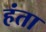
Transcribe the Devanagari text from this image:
हंता